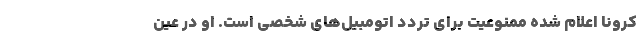
کرونا اعلام شده ممنوعیت برای تردد اتومبیل‌های شخصی است. او در عین